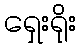
ရှေးရိုး